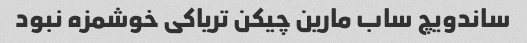
ساندویچ ساب مارین چیکن تریاکی خوشمزه نبود